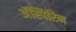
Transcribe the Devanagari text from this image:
अॅस्पिरिन